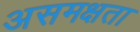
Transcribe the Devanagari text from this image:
असमक्षता